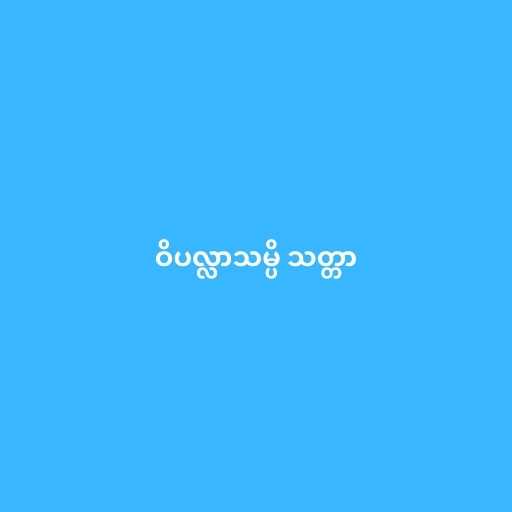
ဝိပလ္လာသမ္ပိ သတ္တာ